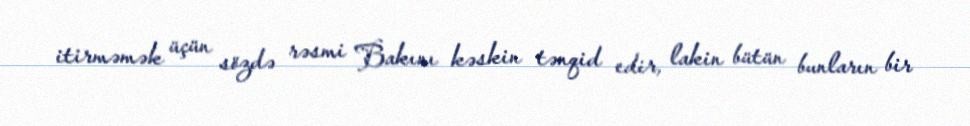
itirməmək üçün sözdə rəsmi Bakını kəskin tənqid edir, lakin bütün bunların bir